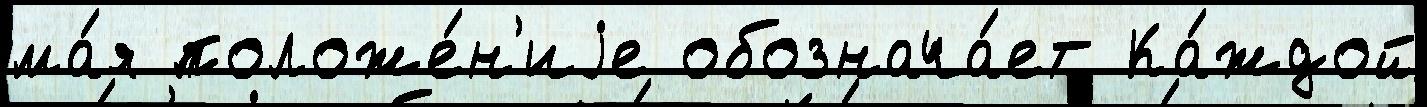
ма́я положе́н'иjе обознача́ет Ка́ждой